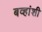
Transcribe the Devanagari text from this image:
बव्हांशी